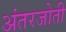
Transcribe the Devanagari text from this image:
अंतरजोती